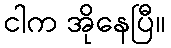
ငါက အိုနေပြီ။